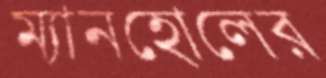
ম্যানহোলের